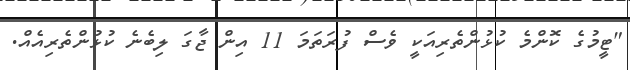
"ޓީމުގެ ކޮންމެ ކުޅުންތެރިއަކީ ވެސް ފުރަތަމަ 11 އިން ޖާގަ ލިބެނެ ކުޅުންތެރިއެއް.